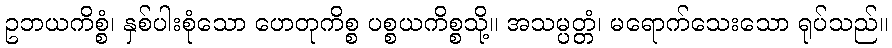
ဥဘယကိစ္စံ၊ နှစ်ပါးစုံသော ဟေတုကိစ္စ ပစ္စယကိစ္စသို့။ အသမ္ပတ္တံ၊ မရောက်သေးသော ရုပ်သည်။